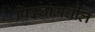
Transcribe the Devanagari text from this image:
पिढ्यांमधील